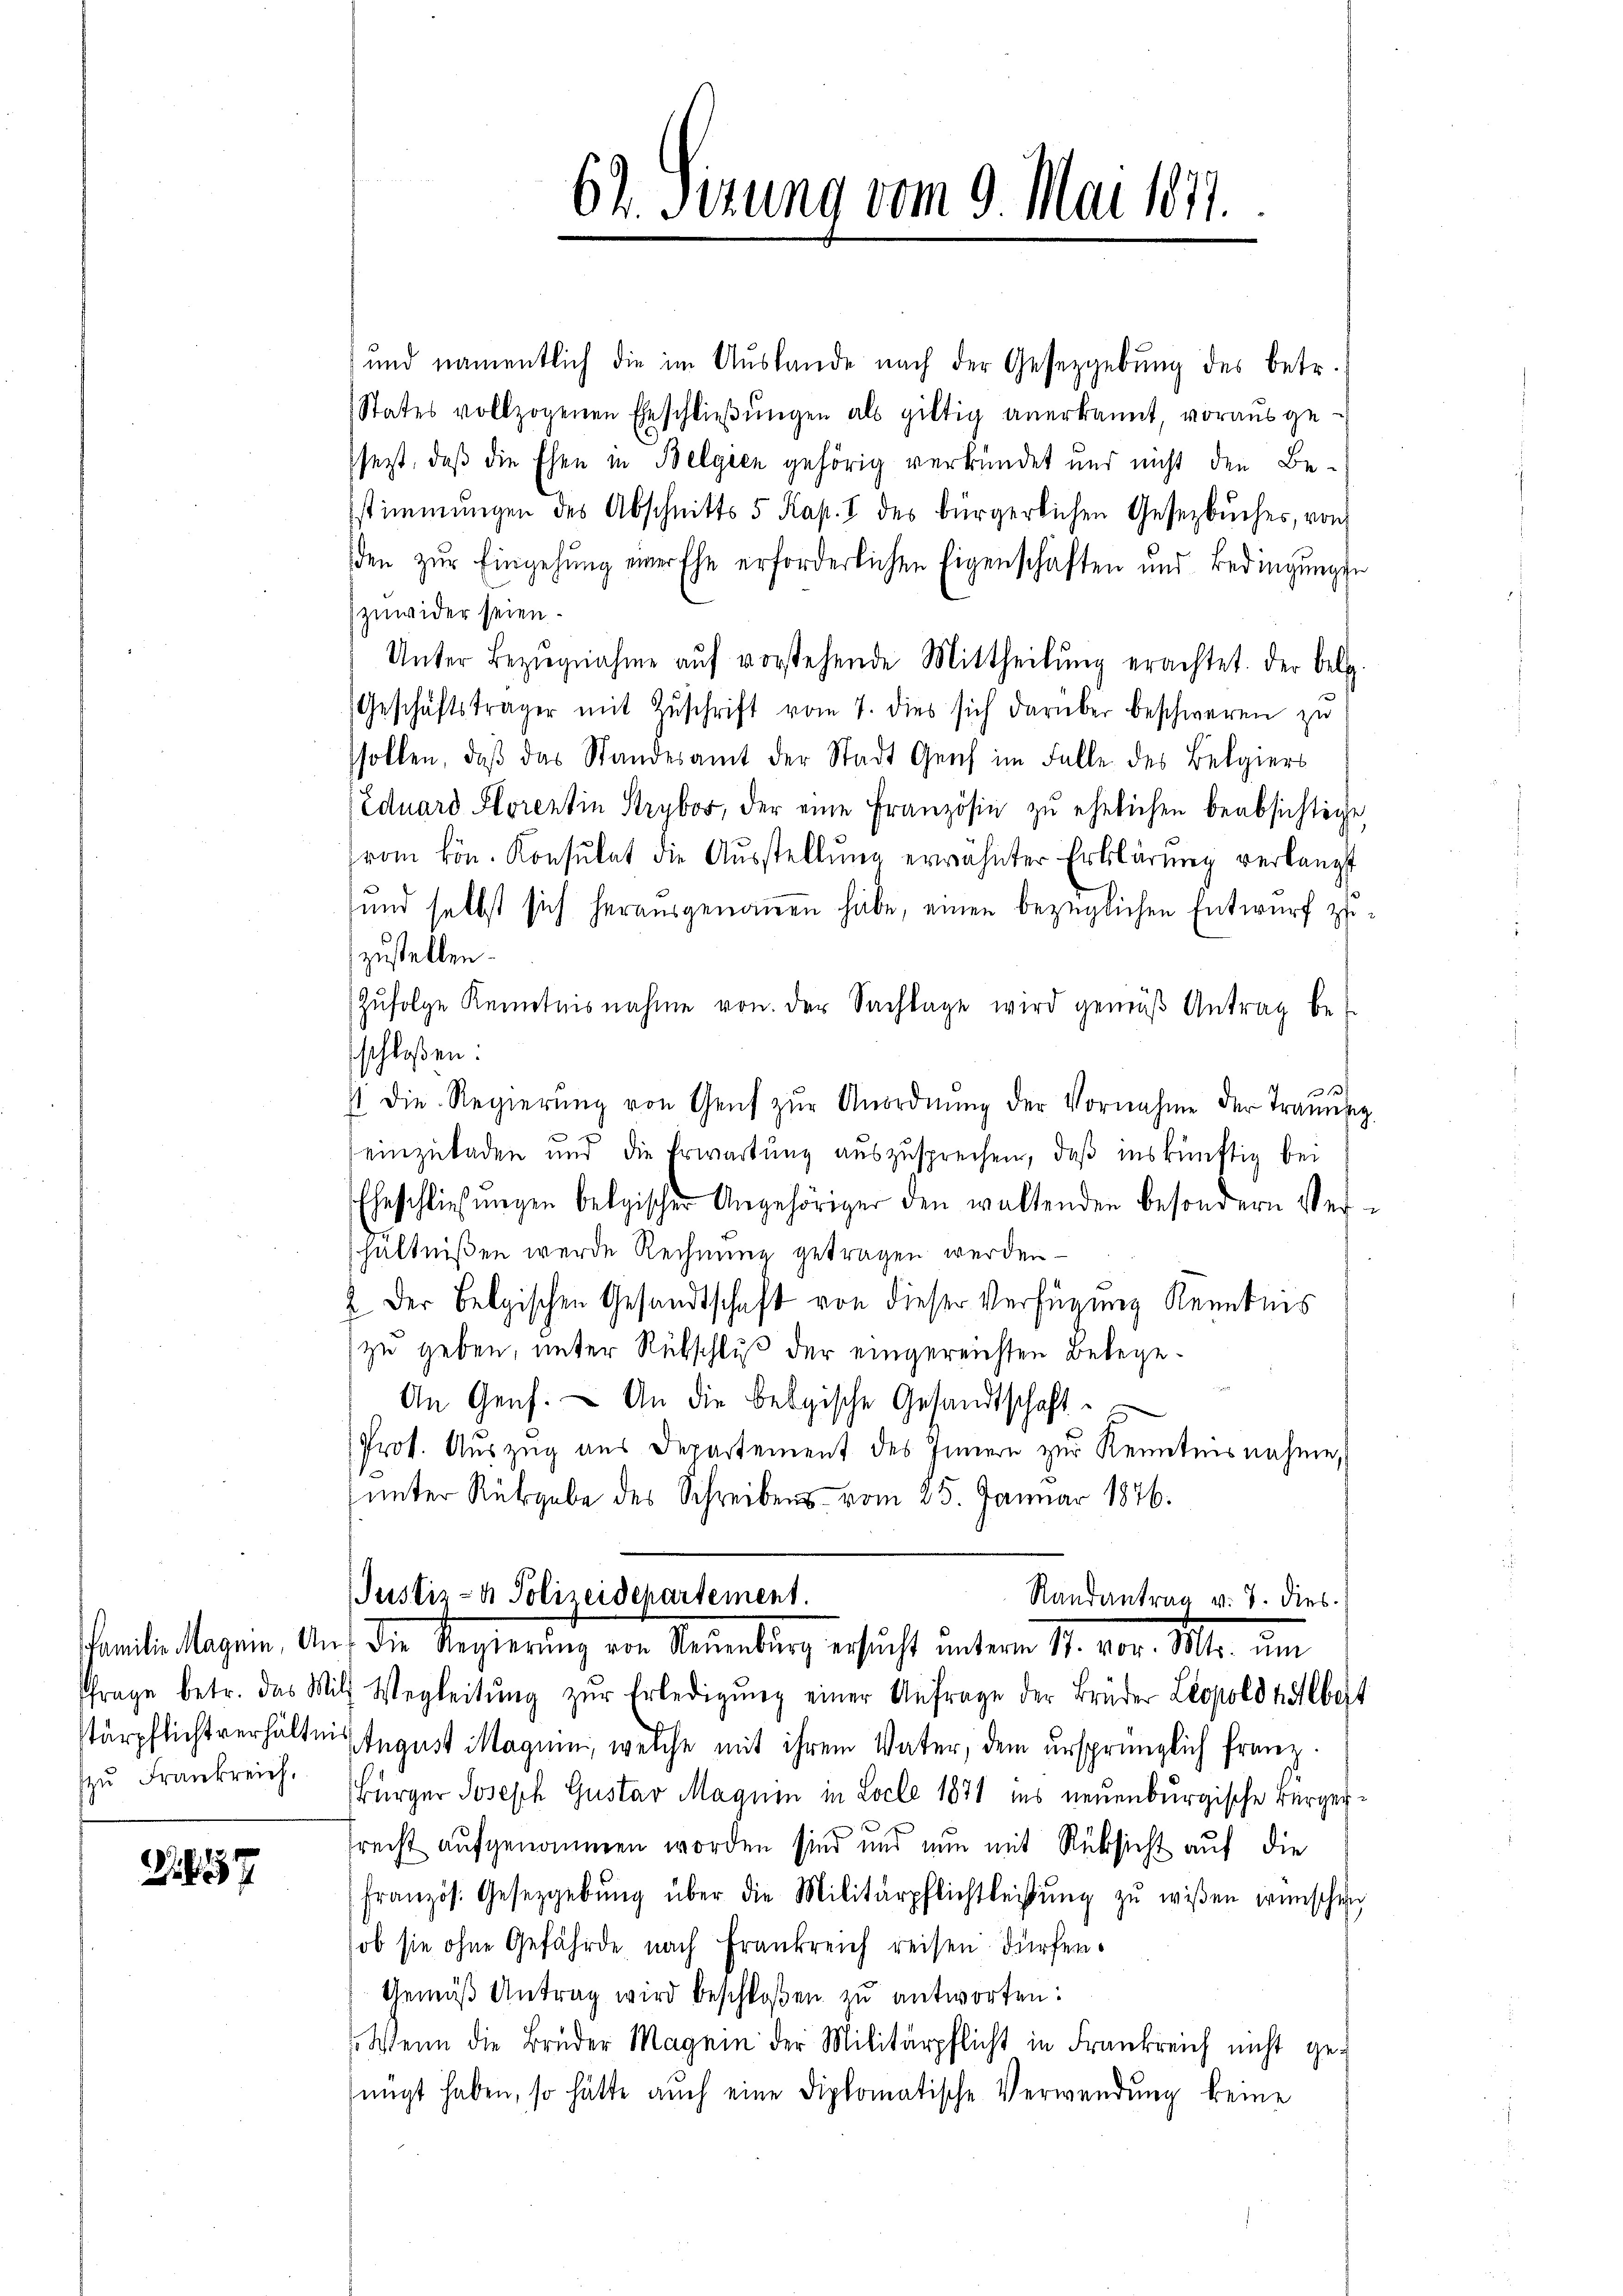
zu Frankreich.

G. 1557

und namentlich die im Aŭslande nach der Gesetzgebung des betr.
States vollzogenen Eheschlieβŭngen als giltig anerkannt, vorausge-
sezt, daß die Ehen in Belgien gehörig verkündet und nicht den Be-
stimmungen des Abschnitts 5 Kap. I des bürgerlichen Gesezbŭches, von
den zŭr Eingehung einer Ehe erforderlichen Eigenschaften und Bedingŭngen
zuwider seien.
Unter Bezŭgnahme aŭf vorstehende Mittheilŭng erachtet. Der belg.
Geschäftsträger mit Zŭschrift vom 7. dies sich darüber beschweren zŭ
sollen, daβ das Standesamt der Stadt Genf im Falle des Belgiers
Eduard Florentin Strybor, der eine Französin zu ehelichen beabsichtige
vom kön. Konsulat die Aŭsstellung erwähnter Erklärung verlangt
und selbst sich herausgenommen habe, einen bezüglichen Entwurf zu
zustellen.
Zŭfolge Kenntnisnahme von der Sachlage wird gemäβ Antrag be
schloßen:
s. die Regierŭng von Genf zŭr Anordnŭng der Vornahme der Trauun
einzuladen und die Erwartung auszusprechen, daß inskünftig bei
Eheschliesŭngen belgischer Angehöriger den waltenden besondern Ver-
hältnißen werde Rechnung getragen werden.
2. Der Belgischen Gesandtschaft von dieser Verfügung Kenntnis
zu geben, unter Rübschluß der eingereichten Belege¬
An Genf. — An die Belgische Gesandtschaft
Prot. Auszug aus Departement des Innern zur Kenntnisnahme,
ŭnter Rübgabe des Schreibens vom 25. Januar 1876.
Justiz- & Polizeidepartement.
Randantrag v. 7. dies
amten Tagen. Auf die Regierung von Neuenburg ersucht unterm 11. vor. Mts. um
frage betr. das Mit Wegleitŭng zŭr Erledigŭng einer Anfrage der Brüder Leopold halbest
tärpflichtverhältnis segust Magen, welche mit ihrem Vater, dem ursprünglich franz
Bürger Joseph Gustav Magnin in Locle 1871 ins neuenburgische Bürgerrecht aufgenommen worden sind und nun mit Rücksicht auf die
französ. Gesetzgebŭng über die Militärpflichtleisŭng zŭ wißen wünschen
ob sie ohne Gefährde nach Frankreich reisen dürfen.
Gemäß Antrag wird beschloßen zu antworten:
Wenn die Brüder Magnin der Militärpflicht in Frankreich nicht ge-
nügt haben, so hätte auch eine diplomatische Verwendung keine

62. Sizung vom 9. Mai 1877.